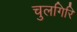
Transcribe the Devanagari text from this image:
चुलगिरि